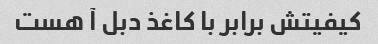
کیفیتش برابر با کاغذ دبل آ هست